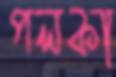
পলকা